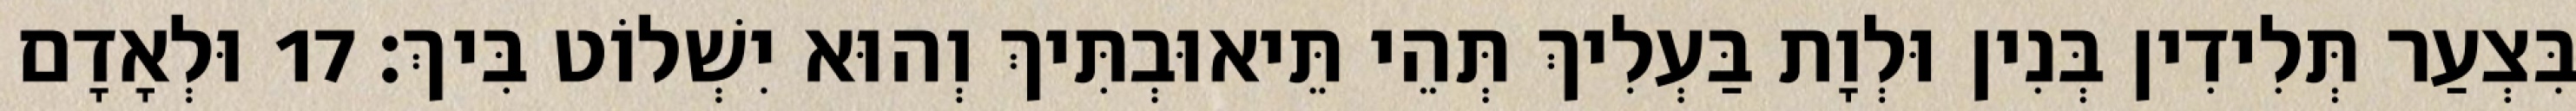
בִּצְעַר תְּלִידִין בְּנִין וּלְוָת בַּעְלִיךְ תְּהֵי תֵּיאוּבְתִּיךְ וְהוּא יִשְׁלוֹט בִּיךְ׃ 17 וּלְאָדָם